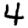
Digit: 4